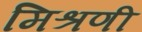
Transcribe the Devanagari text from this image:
मिश्रणी